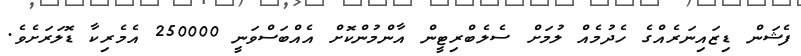
ފެޝަން ޑިޒައިނަރެއްގެ ހެދުމެއް ލުމަށް ސެލެބްރިޓީން އާންމުންކޮށް އެއްބަސްވަނީ 250000 އެމެރިކާ ޑޮލަރަށެވެ.